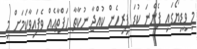
މި ވީޑިޔޯގައި ފެންނަ ކުޑަ ފިރިހެން ކުއްޖާ ނުކާތާ ހަފްތާއެއް ވެފައިވާކަމަށް މި